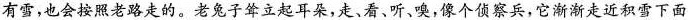
有雪，也会按照老路走的。老兔子耸立起耳朵，走、看、听，嗅，像个侦察兵，它渐渐走近积雪下面